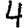
Digit: 4